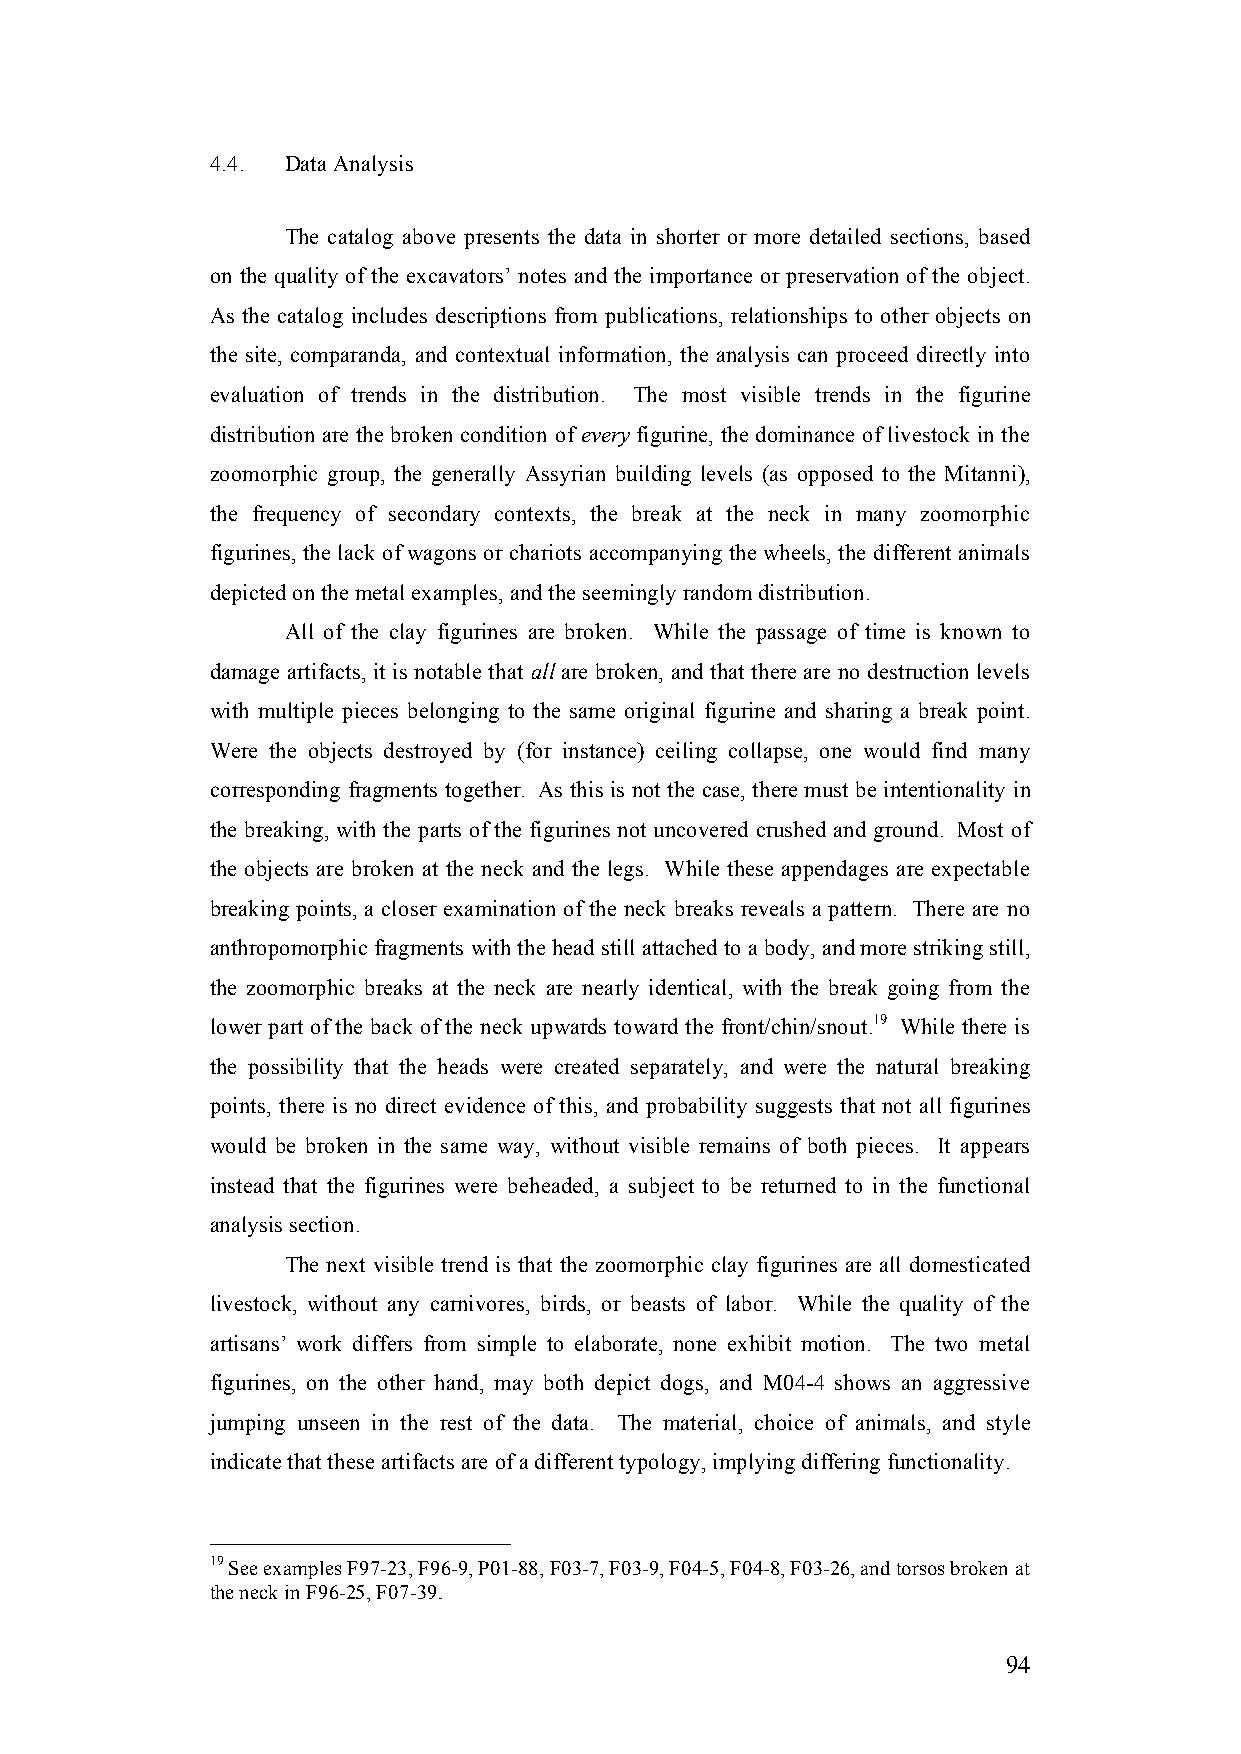
4.4. Data Analysis
 The catalog above presents the data in shorter or more detailed sections, based
 on the quality of the excavators’ notes and the importance or preservation of the object.
 As the catalog includes descriptions from publications, relationships to other objects on
 the site, comparanda, and contextual information, the analysis can proceed directly into
 evaluation of trends in the distribution. The most visible trends in the figurine
 distribution are the broken condition of every figurine, the dominance of livestock in the
 zoomorphic group, the generally Assyrian building levels (as opposed to the Mitanni),
 the frequency of secondary contexts, the break at the neck in many zoomorphic
 figurines, the lack of wagons or chariots accompanying the wheels, the different animals
 depicted on the metal examples, and the seemingly random distribution.
 All of the clay figurines are broken. While the passage of time is known to
 damage artifacts, it is notable that all are broken, and that there are no destruction levels
 with multiple pieces belonging to the same original figurine and sharing a break point.
 Were the objects destroyed by (for instance) ceiling collapse, one would find many
 corresponding fragments together. As this is not the case, there must be intentionality in
 the breaking, with the parts of the figurines not uncovered crushed and ground. Most of
 the objects are broken at the neck and the legs. While these appendages are expectable
 breaking points, a closer examination of the neck breaks reveals a pattern. There are no
 anthropomorphic fragments with the head still attached to a body, and more striking still,
 the zoomorphic breaks at the neck are nearly identical, with the break going from the
 lower part of the back of the neck upwards toward the front/chin/snout.19 While there is
 the possibility that the heads were created separately, and were the natural breaking
 points, there is no direct evidence of this, and probability suggests that not all figurines
 would be broken in the same way, without visible remains of both pieces. It appears
 instead that the figurines were beheaded, a subject to be returned to in the functional
 analysis section.
 The next visible trend is that the zoomorphic clay figurines are all domesticated
 livestock, without any carnivores, birds, or beasts of labor. While the quality of the
 artisans’ work differs from simple to elaborate, none exhibit motion. The two metal
 figurines, on the other hand, may both depict dogs, and M04-4 shows an aggressive
 jumping unseen in the rest of the data. The material, choice of animals, and style
 indicate that these artifacts are of a different typology, implying differing functionality.
 19 See examples F97-23, F96-9, P01-88, F03-7, F03-9, F04-5, F04-8, F03-26, and torsos broken at
 the neck in F96-25, F07-39.
 94